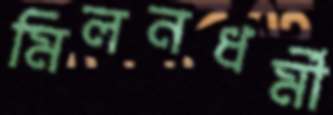
মিলনধর্মী